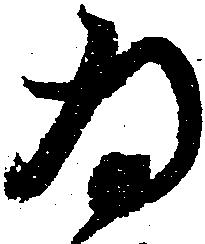
為